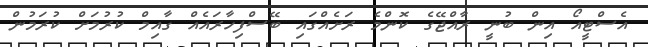
އެސްޓީއޯ އިން ބުނީ ރާއްޖޭގެ ކޮންމެ ރަށެއްގައި ބޭސްފިހާރައެއް ގާއިމް ކުރުމަށް ކުރަމުން